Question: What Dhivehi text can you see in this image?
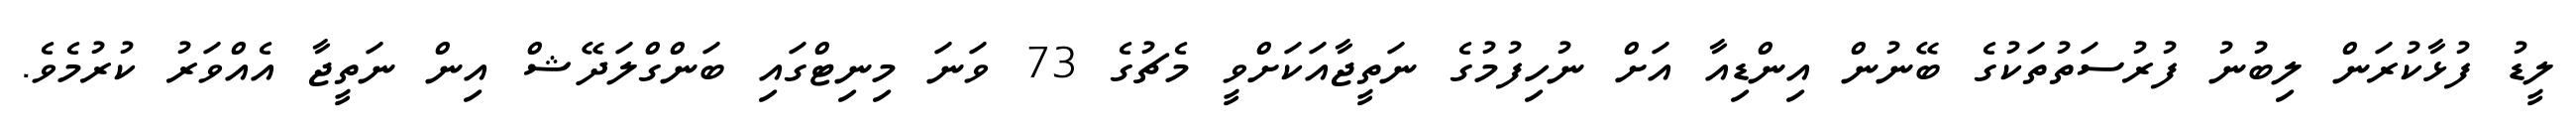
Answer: ލީޑު ފުޅާކުރަން ލިބުނު ފުރުސަތުތަކުގެ ބޭނުން އިންޑިއާ އަށް ނުހިފުމުގެ ނަތީޖާއަކަށްވީ މެޗުގެ 73 ވަނަ މިނިޓްގައި ބަންގްލަދޭޝް އިން ނަތީޖާ އެއްވަރު ކުރުމެވެ.